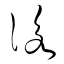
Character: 詠